Jaan_Tonisson_(Lasteleht), lk 154
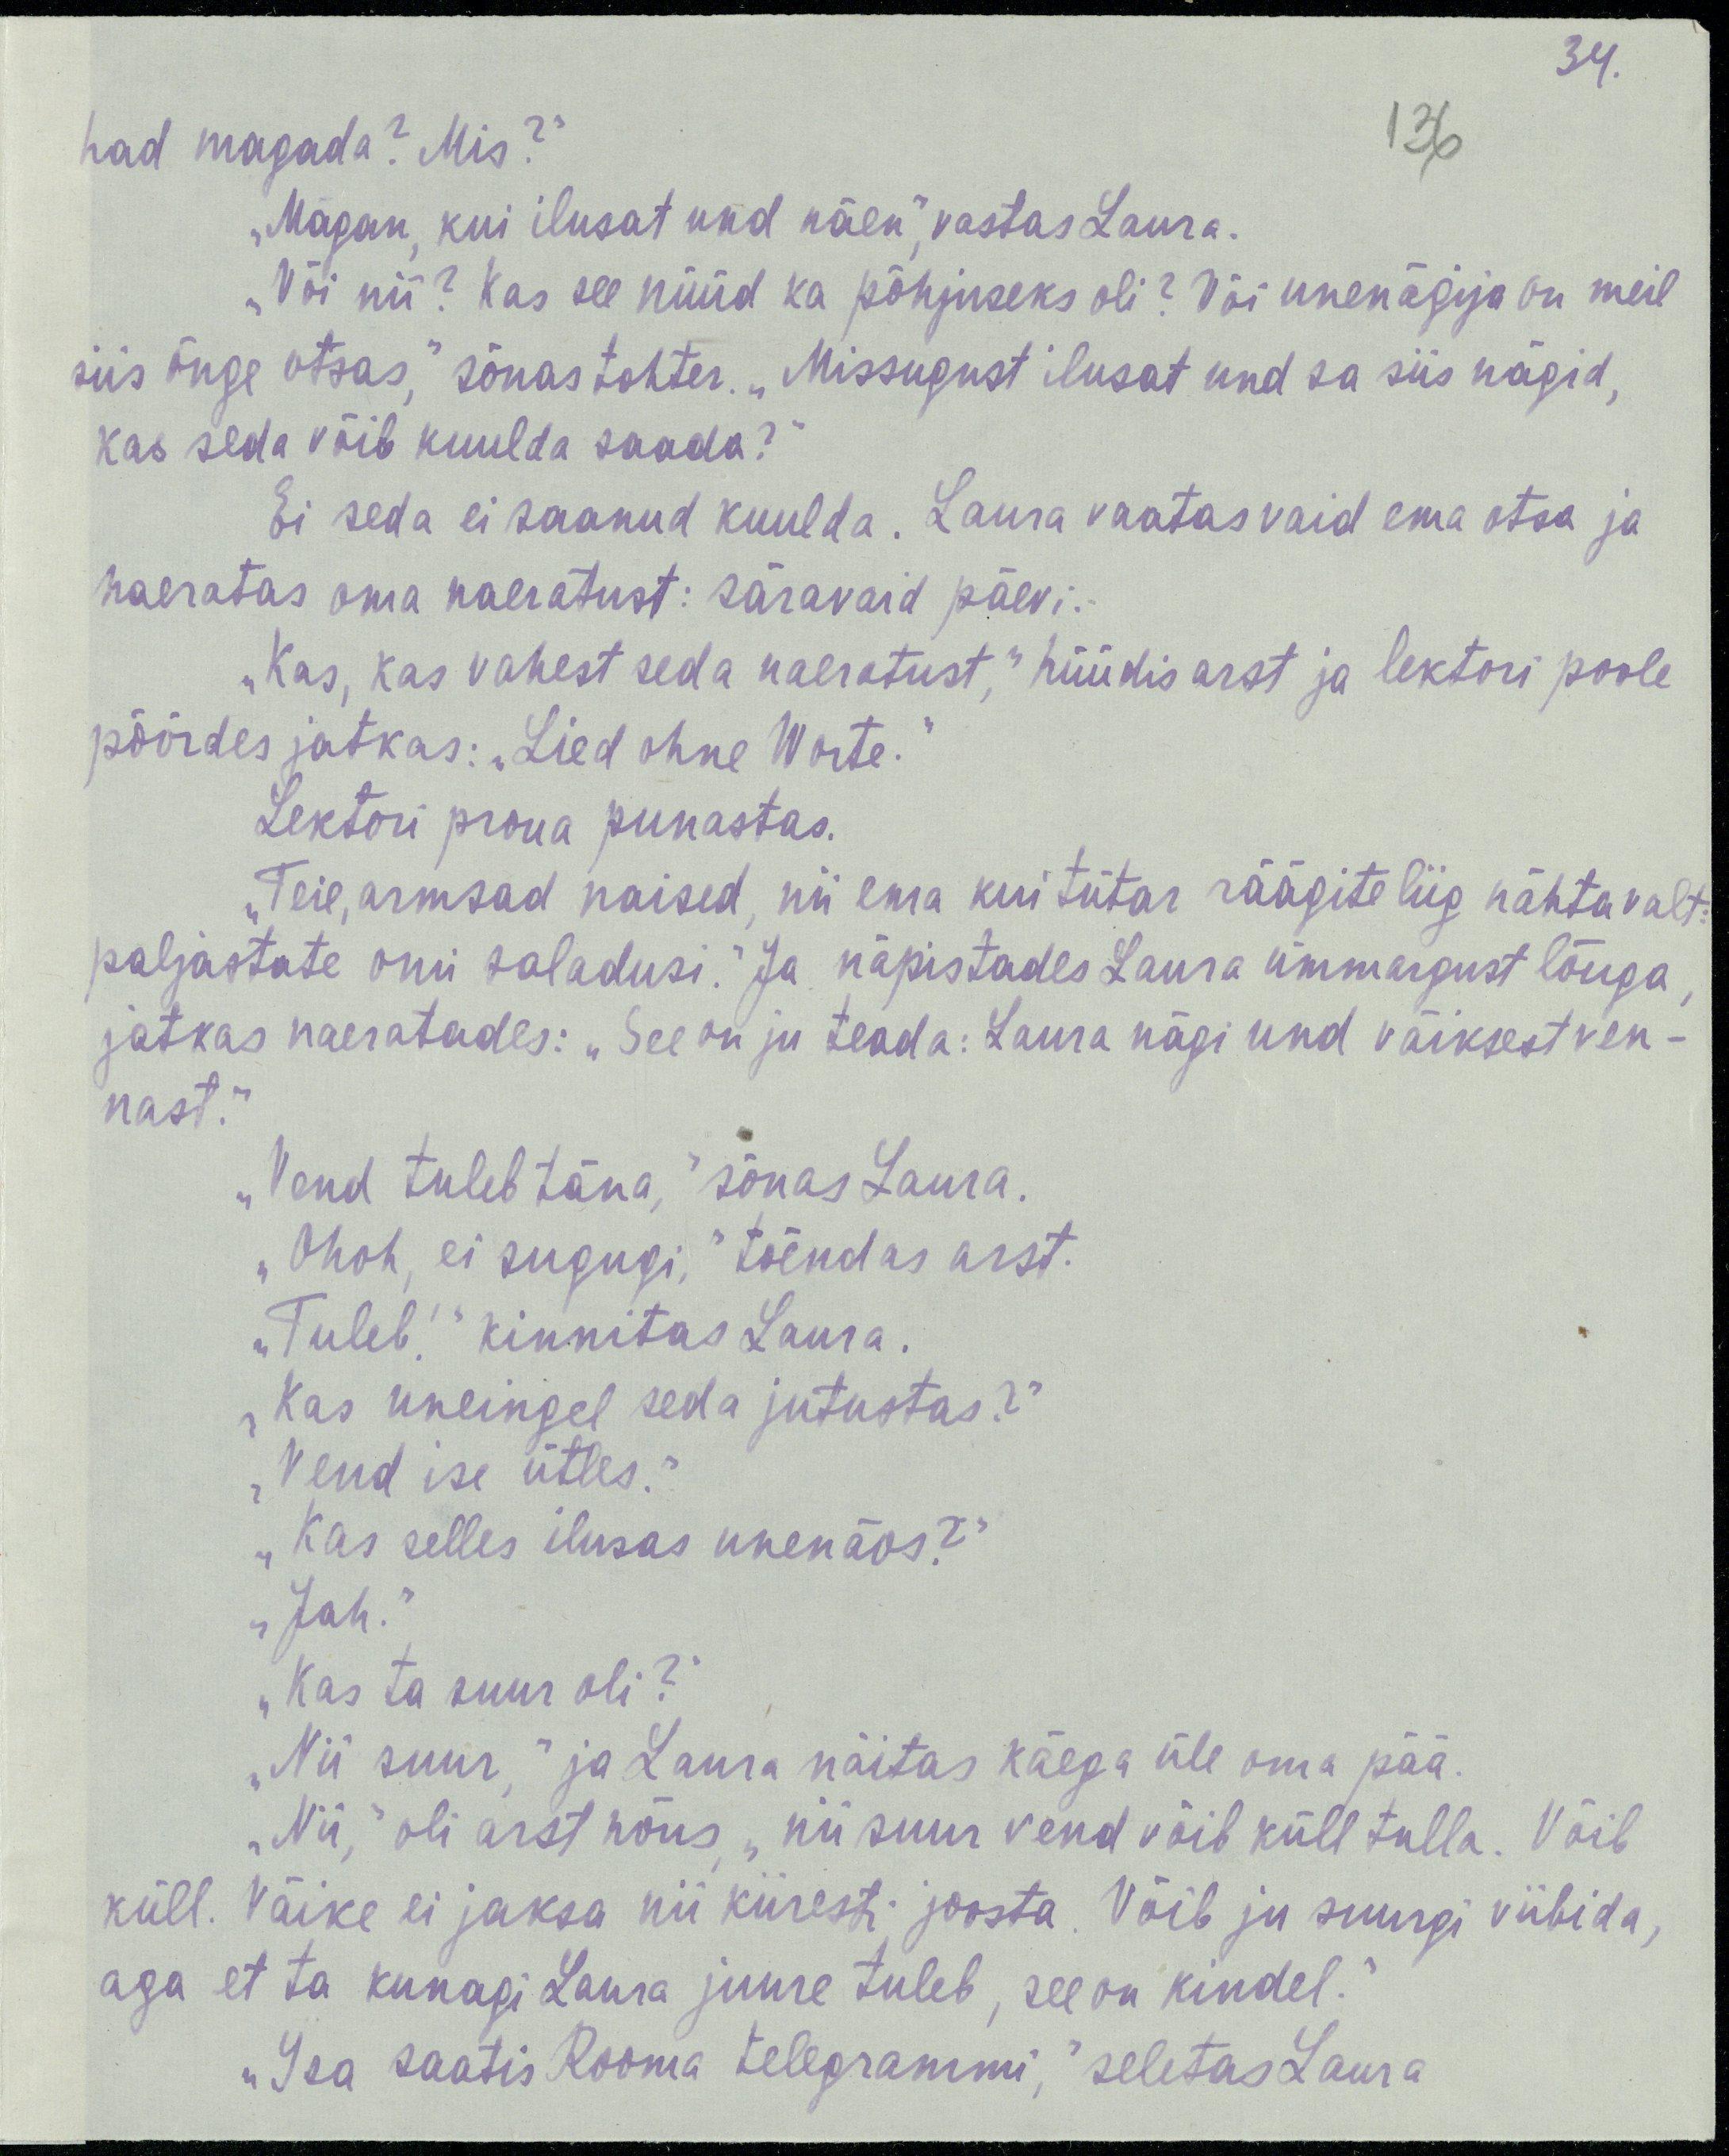
34.
136
had magada? Mis?“
„Magan, kui ilusat und näen,“ vastas Laura.
„Või nii? Kas see nüüd ka põhjuseks oli? Või unenägija on meil
siis õnge otsas,“ sõnas tohter. „Missugust ilusat und sa siis nägid,
kas seda võib kuulda saada?“
Ei seda ei saanud kuulda. Laura vaatas vaid ema otsa ja
naeratas oma naeratust: säravaid päevi.
„Kas, kas vahest seda naeratust,“ hüüdis arst ja lektori poole
pöördes jatkas: „Lied ohne Worte.“
Lektor proua punastas.
„Teie, armsad naised, nii ema kui tütar räägite liig nähtavalt:
paljastate omi saladusi." Ja näpistades Laura ümmargust lõuga,
jatkas naeratades: „See on ju teada: Laura nägi und väiksest ven-
nast.“
„Vend tuleb täna,“ sõnas Laura.
„Ohoh, ei sugugi,“ tõendas arst.
„Tuleb!“ kinnitas Laura.
„Kas uneingel seda jutustas?“
„Vend ise ütles.“
„Kas selles ilusas unenäos?“
„Jah.“
„Kas ta suur oli?“
„Nii suur,“ ja Laura näitas käega üle oma pää.
„Nii,“ oli arst nõus, „nii suur vend võib küll tulla. Võib
küll. Väike ei jaksa nii kiiresti joosta. Võib ju suurgi viibida, aga
aga et ta kunagi Laura juure tuleb, see on kindel.“
„Isa saatis Rooma telegrammi,“ seletas Laura